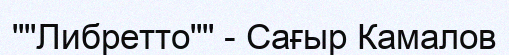
""Либретто"" - Сағыр Камалов